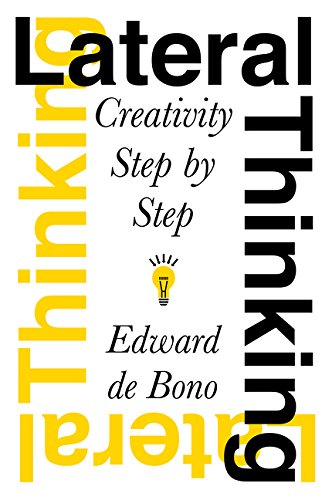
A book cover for Lateral Thinking: Creativity Step by Step (Perennial Library); Edward De Bono; Health, Fitness & Dieting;